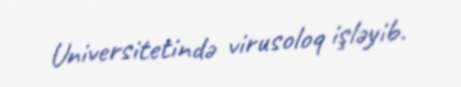
Universitetində virusoloq işləyib.